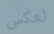
لعكس